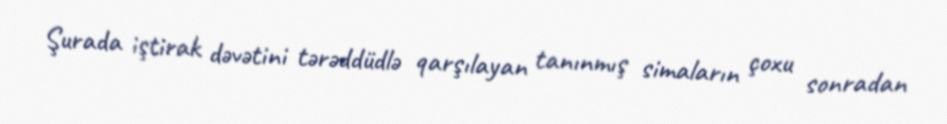
Şurada iştirak dəvətini tərəddüdlə qarşılayan tanınmış simaların çoxu sonradan